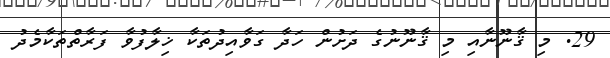
29. މި ޤާނޫނާއި މި ޤާނޫނުގެ ދަށުން ހަދާ ގަވާއިދުތަކާ ޚިލާފުވާ ފަރާތްތަކާމެދު